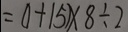
= ( 1 + 1 5 ) \times 8 \div 2